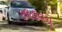
કલહવચ